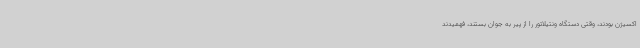
اکسیژن بودند، وقتی دستگاه ونتیلاتور را از پیر به جوان بستند، فهمیدند